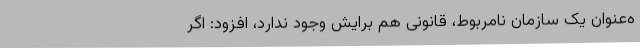
ه‌عنوان یک سازمان نامربوط، قانونی هم برایش وجود ندارد، افزود: اگر